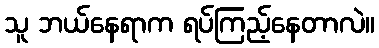
သူ ဘယ်နေရာက ရပ်ကြည့်နေတာလဲ။